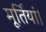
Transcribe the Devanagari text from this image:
मूर्तियां।